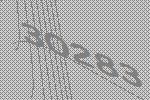
30283